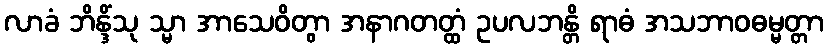
လာခံ ဘိန္ဒိံသု သ္မာ အာသေဝိတွာ အနာဂတတ္ထံ ဥပလဘန္တိ ရာဓံ အသဘာဝဓမ္မတ္တာ